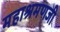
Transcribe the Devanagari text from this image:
महाश्रमणजी